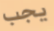
يجب